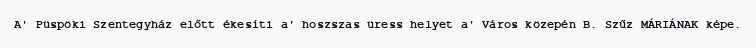
A' Püspöki Szentegyház előtt ékesíti a' hoszszas üress helyet a' Város közepén B. Szűz MÁRIÁNAK képe.